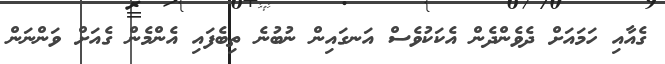
ގެއާއި ހަމައަށް ދެވެންދެން އެކަކުވެސް އަނގައިން ނުބުނެ ތިބެފައި އެންމެން ގެއަށް ވަންނަން